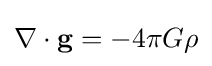
\nabla \cdot \mathbf {g} =-4\pi G\rho \,\!